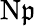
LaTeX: \mathrm{N}{\mathfrak{p}}